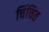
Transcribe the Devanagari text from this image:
चिंचित